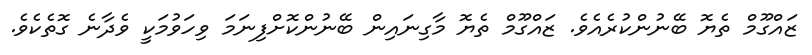
ޒައްގޫމް ތެޔޮ ބޭނުންކުރެއެވެ. ޒައްގޫމް ތެޔޮ މާގިނައިން ބޭނުންކޮށްފިނަމަ ވިހަވުމަކީ ވެދާނެ ގޮތެކެވެ.